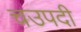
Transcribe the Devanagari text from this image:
चउपदी